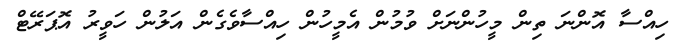
ހިއްސާ އޮންނަ ތިން މީހުންނަށް ވުމުން އެމީހުން ހިއްސާވެގެން އަލުން ހަވީރު އޮޕަރޭޓް